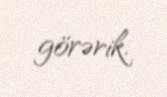
görərik.